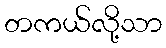
တကယ်လို့သာ